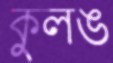
কুলঙ